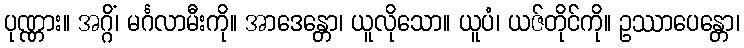
ပုဏ္ဏား။ အဂ္ဂိံ၊ မင်္ဂလာမီးကို။ အာဒေန္တော၊ ယူလိုသော။ ယူပံ၊ ယဇ်တိုင်ကို။ ဥဿာပေန္တော၊